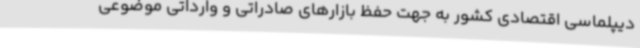
دیپلماسی اقتصادی کشور به جهت حفظ بازارهای صادراتی و وارداتی موضوعی